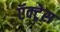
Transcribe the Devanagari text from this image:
ऍक्ट्रेस